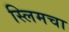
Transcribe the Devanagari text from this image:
स्लिमचा